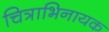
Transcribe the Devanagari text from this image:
चित्राभिनायक